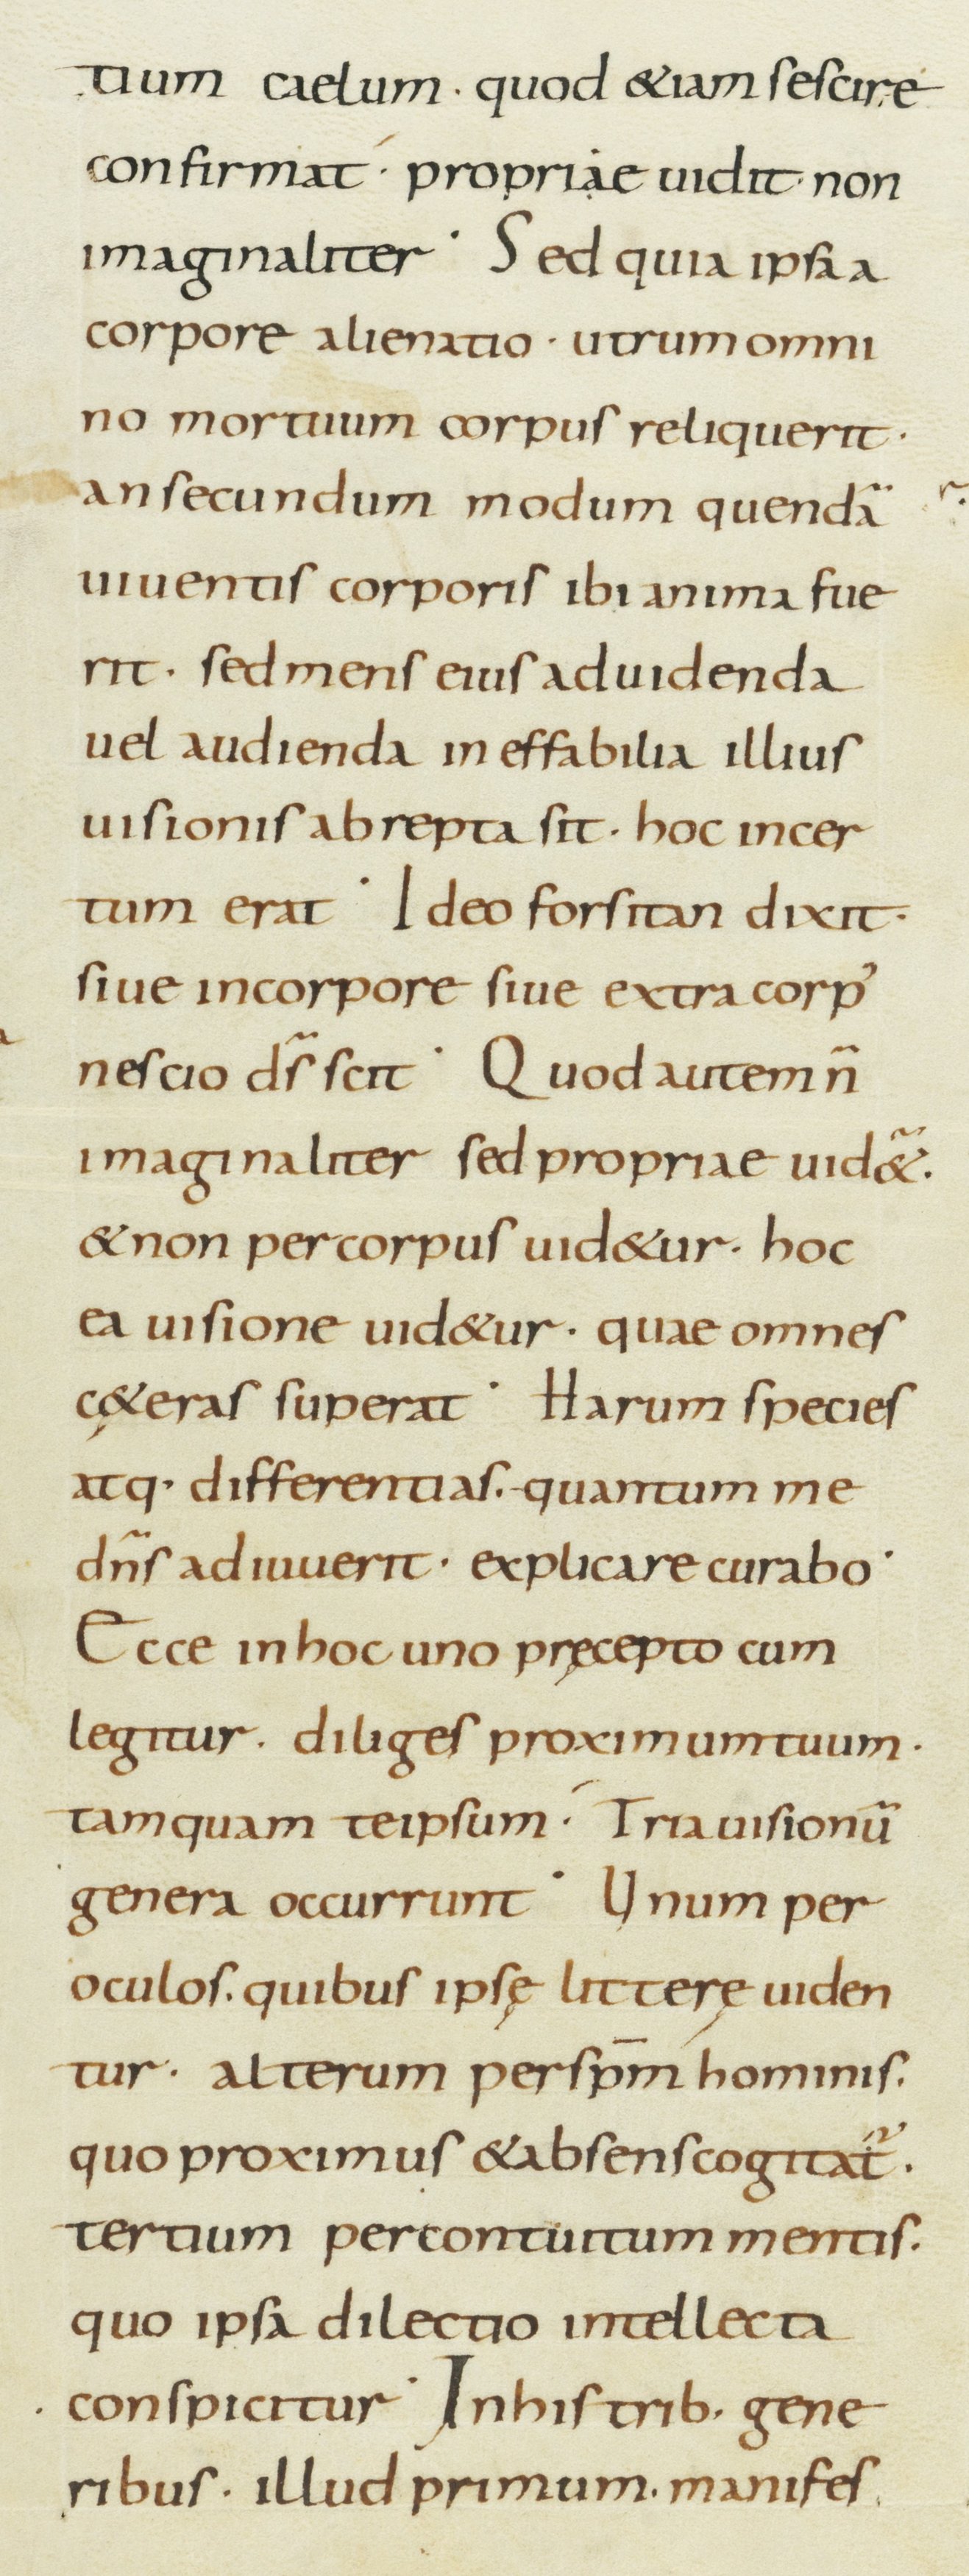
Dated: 800–899